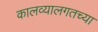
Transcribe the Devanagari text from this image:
कालव्यालगतच्या